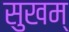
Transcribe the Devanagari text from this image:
सुखम्